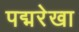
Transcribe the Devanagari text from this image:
पद्मरेखा